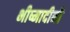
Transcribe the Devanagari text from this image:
भीष्मादीनी